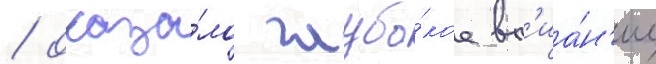
/ оказа́ло глубо́кое вл'иа́н'ие